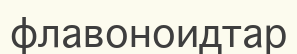
флавоноидтар